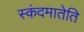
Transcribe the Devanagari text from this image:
स्कंदमातेति